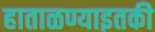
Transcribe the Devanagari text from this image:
हाताळण्याइतकी